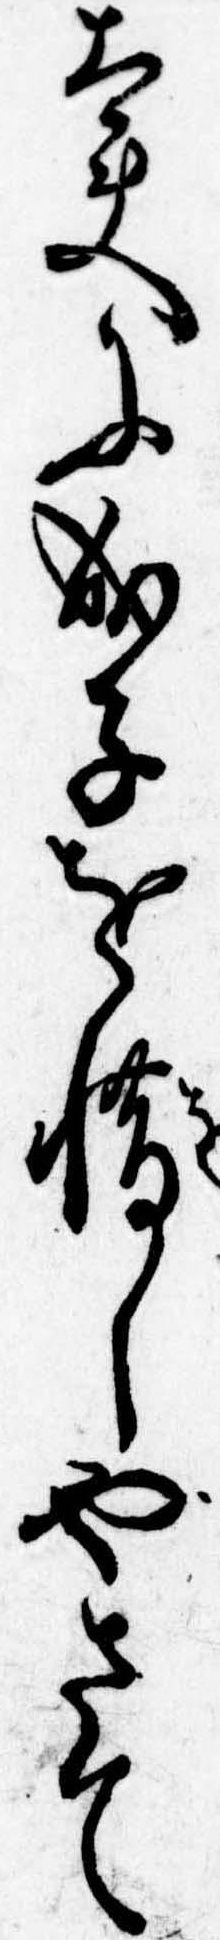
太夫に成子を惜しやさて